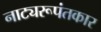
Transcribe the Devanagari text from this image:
नाट्यरूपंतकार